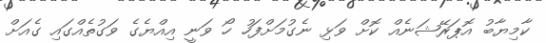
ކާމިޔާބު އޮޕަރޭޝަނެއް ކޮށް ވަޅި ނެގުމަށްފަހު ހޯ ވަނީ އިއްޔެގެ ވަގުތެއްގައި ގެއަށް